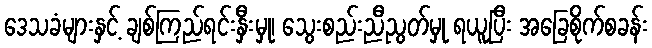
ဒေသခံများနှင့် ချစ်ကြည်ရင်းနှီးမှု၊ သွေးစည်းညီညွတ်မှု ရယူပြီး အခြေစိုက်စခန်း